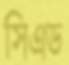
সিএড